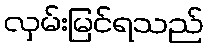
လှမ်းမြင်ရသည်